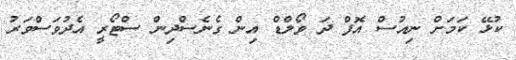
ކުޅޭ ކަމަށް ނިއުސް އޮފް ދަ ވޯލްޑް އިން ގެނެސްދިން ސްޓޯރީ އެދުވަސްވަރު